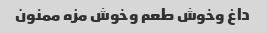
داغ وخوش طعم وخوش مزه ممنون